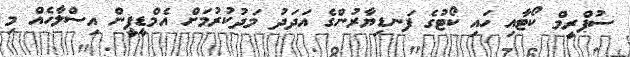
ސުޕްރީމް ކޯޓާއި ހައި ކޯޓުގެ ފަނޑިޔާރުންގެ އަދަދު މަދުކުރުމަށް އެމްޑީޕީން އިސްލާހެއް މި